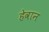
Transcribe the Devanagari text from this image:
हेवान